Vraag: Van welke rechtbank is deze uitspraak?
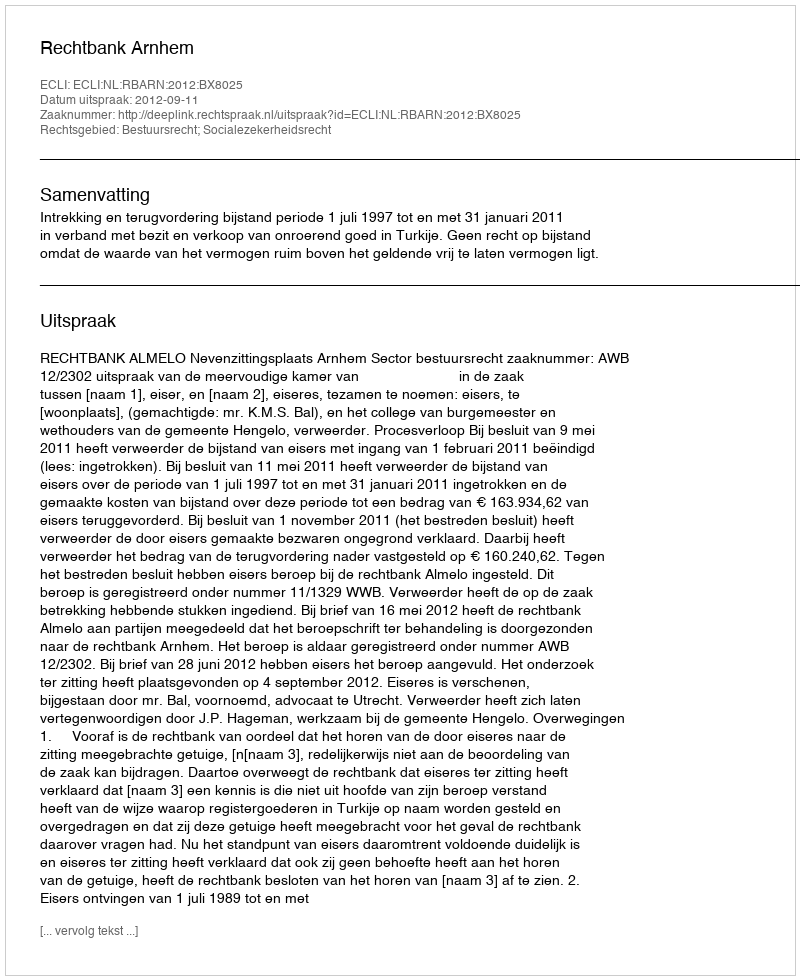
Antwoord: Rechtbank Arnhem